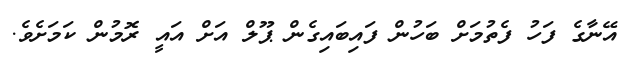
އޭނާގެ ފަހު ފެތުމަށް ބަހުން ފައިބައިގެން ޕޫލް އަށް އައީ ރޮމުން ކަމަށެވެ.